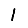
Digit: 1